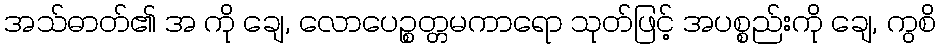
အသ်ဓာတ်၏ အ ကို ချေ, လောပေဉ္စတ္တမကာရော သုတ်ဖြင့် အပစ္စည်းကို ချေ, ကွစိ